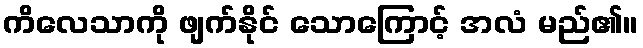
ကိလေသာကို ဖျက်နိုင် သောကြောင့် အလံ မည်၏။